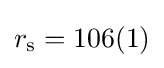
r_{\rm {s}}=106(1)